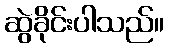
ဆွဲခိုင်းပါသည်။